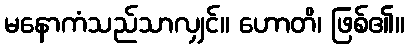
မနောကံသည်သာလျှင်။ ဟောတိ၊ ဖြစ်၏။